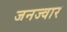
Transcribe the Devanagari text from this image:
जनज्वार